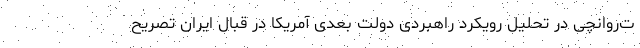
ت‌روانچی در تحلیل رویکرد راهبردی دولت بعدی آمریکا در قبال ایران تصریح